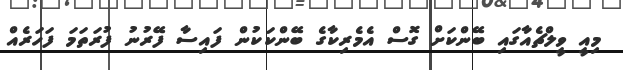
މިއީ ވީލްޗެއާގައި ބޭންކަށް ގޮސް އެމެރިކާގެ ބޭންކަކުން ފައިސާ ފޭރުނު ފުރަތަމަ ފަހަރެއް